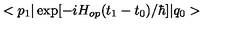
< p _ { 1 } \vert \exp [ - i H _ { o p } ( t _ { 1 } - t _ { 0 } ) / \hbar ] \vert q _ { 0 } >